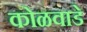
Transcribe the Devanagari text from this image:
कोळवाडे